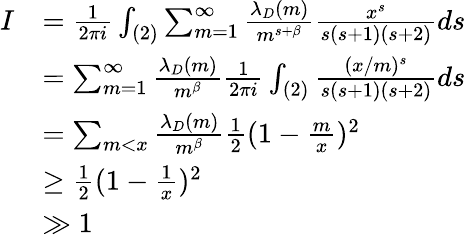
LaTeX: \begin{array}{rl}{I}&{=\frac{1}{2\pi i}\int_{(2)}\sum_{m=1}^{\infty}\frac{\lambda_{D}(m)}{m^{s+\beta}}\frac{x^{s}}{s(s+1)(s+2)}ds}\\ &{=\sum_{m=1}^{\infty}\frac{\lambda_{D}(m)}{m^{\beta}}\frac{1}{2\pi i}\int_{(2)}\frac{(x/m)^{s}}{s(s+1)(s+2)}ds}\\ &{=\sum_{m<x}\frac{\lambda_{D}(m)}{m^{\beta}}\frac{1}{2}(1-\frac{m}{x})^{2}}\\ &{\geq\frac{1}{2}(1-\frac{1}{x})^{2}}\\ &{\gg 1}\end{array}